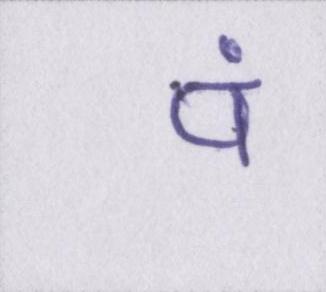
पं